Civil Veterinary Department. Madras. Admin. report 1910-25 - 1910-1925
Year: 1910
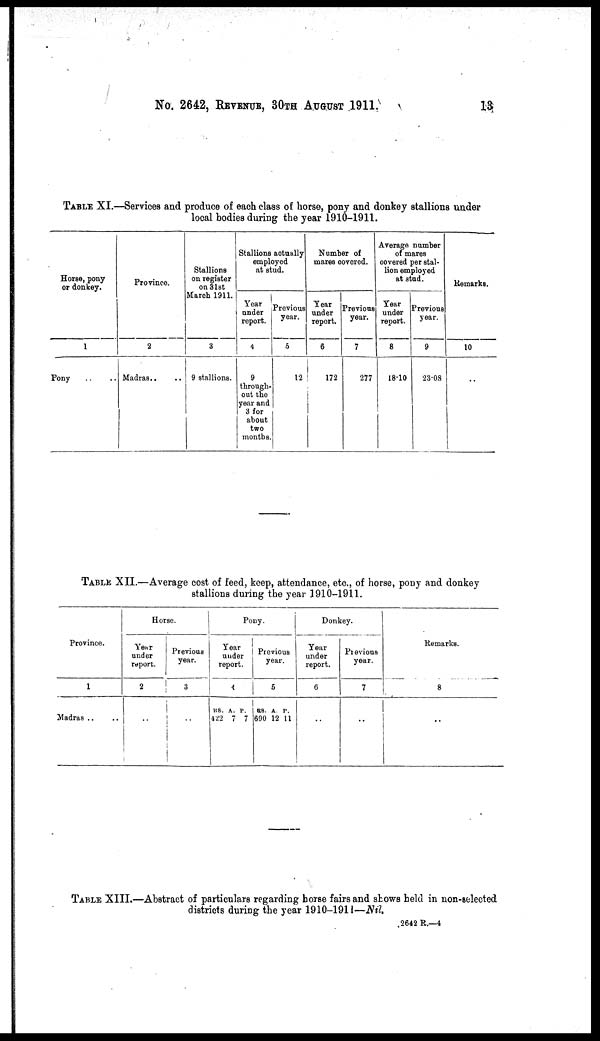
No. 2642, REVENUE, 30TH AUGUST 1911.
13
TABLE XI.—Services and produce of each class of horse, pony and donkey stallions under
local bodies during the year 1910-1911.
Horse, pony
or donkey.
1
Pony .. ..
Province.
2
Madras .. ..
Stallions
on register
on 31st
March 1911.
3
9 stallions.
Stallions actually
employed
at stud.
Year
under
report.
4
9
through-
out the
year and
3 for
about
two
months.
Previous
year.
5
12
Number of
mares covered.
Year
under
report.
6
172
Previous
year.
7
277
Average number
of mares
covered per stal-
lion employed
at stud.
Year
under
report.
8
18.10
Previous
year.
9
23.08
Remarks.
10
..
TABLE XII.—Average cost of feed, keep, attendance, etc, of horse, pony and donkey
stallions during the year 1910-1911.
Province.
1
Madras .. ..
Horse.
Year
under
report.
2
..
Previous
year.
3
..
Pony.
Year
under
report.
4
Rs.
422
A.
7
P.
7
Previous
year.
5
Rs.
690
A.
12
P.
11
Donkey.
Year
under
report.
6
..
Previous
year.
7
..
Remarks.
8
..
TABLE XIII.—Abstract of particulars regarding horse fairs and shows held in non-selected
districts during the year 1910-1911—Nil.
2642 R.—4